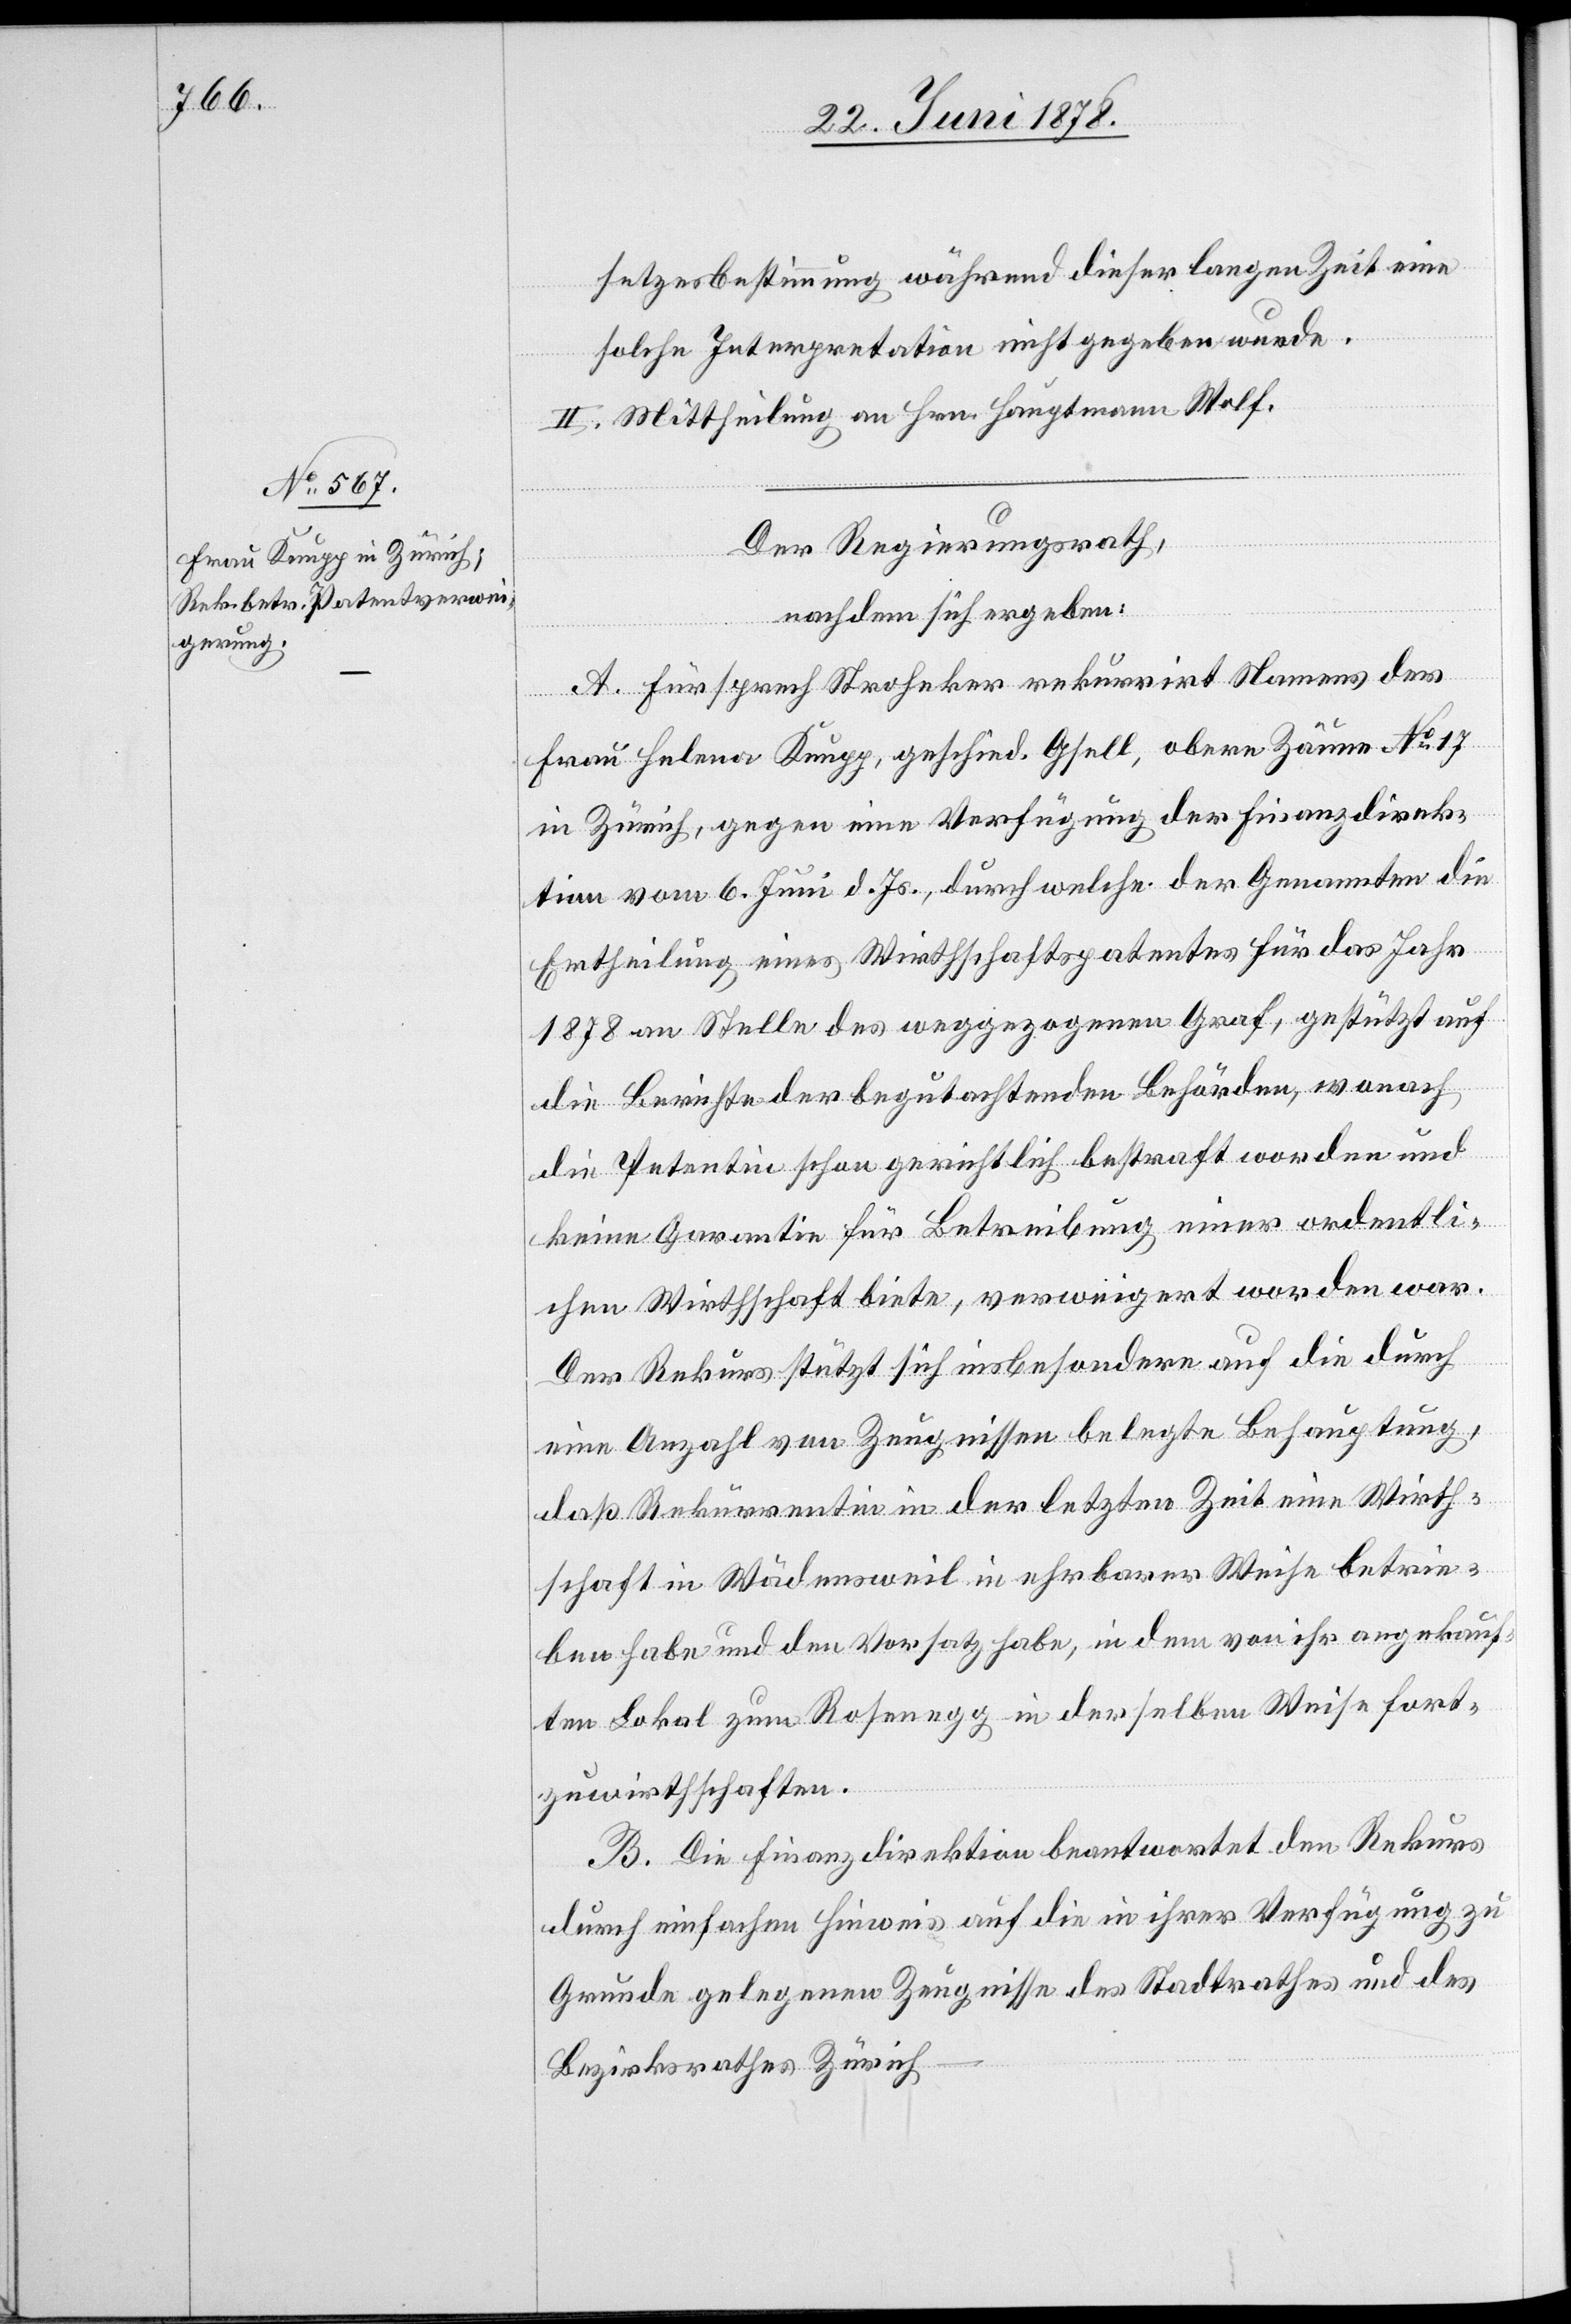
setzesbestimmung während dieser langen Zeit eine
solche Interpretation nicht gegeben wurde.
II. Mittheilung an Hrn. Hauptmann Wolf.
Der Regierungsrath,
nachdem sich ergeben:
A. Fürsprech Stroheker rekurrirt Namens der
Frau Helena Knupp, geschied. Gsell, obere Zäune No 17
in Zürich, gegen eine Verfügung der Finanzdirek¬
tion vom 6. Juni d. Js., durch welche der Genannten die
Ertheilung eines Wirthschaftspatentes für das Jahr
1878 an Stelle des weggezogenen Graf, gestützt auf
die Berichte der begutachtenden Behörden, wonach
die Petentin schon gerichtlich bestraft worden und
keine Garantie für Betreibung einer ordentli¬
chen Wirthschaft biete, verweigert worden war.
Der Rekurs stützt sich insbesondere auf die durch
eine Anzahl von Zeugnissen belegte Behauptung,
daß Rekurrentin in der letzten Zeit eine Wirth¬
schaft in Wädensweil in ehrbarer Weise betrie¬
ben habe und den Vorsatz habe, in dem von ihr angekauf¬
ten Lokal zum Rosenegg in derselben Weise fort¬
zuwirthschaften.
B. Die Finanzdirektion beantwortet den Rekurs
durch einfachen Hinweis auf die in ihrer Verfügung zu
Grunde gelegenen Zeugnisse des Stadtrathes und des
Bezirksrathes Zürich